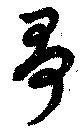
哥